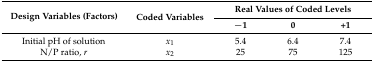
| <ROWSPAN=2> Design Variables (Factors) | <ROWSPAN=2> Coded Variables | <COLSPAN=3> Real Values of Coded Levels |
 | −1 | 0 | +1 |
 | --- | --- | --- | --- | --- |
 | Initial pH of solution | x1 | 5.4 | 6.4 | 7.4 |
 | N/P ratio, r | x2 | 25 | 75 | 125 |